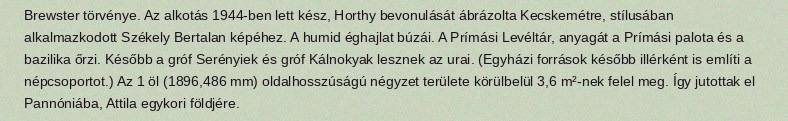
Brewster törvénye. Az alkotás 1944-ben lett kész, Horthy bevonulását ábrázolta Kecskemétre, stílusában alkalmazkodott Székely Bertalan képéhez. A humid éghajlat búzái. A Prímási Levéltár, anyagát a Prímási palota és a bazilika őrzi. Később a gróf Serényiek és gróf Kálnokyak lesznek az urai. (Egyházi források később illérként is említi a népcsoportot.) Az 1 öl (1896,486 mm) oldalhosszúságú négyzet területe körülbelül 3,6 m²-nek felel meg. Így jutottak el Pannóniába, Attila egykori földjére.